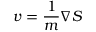
v = \frac { 1 } { m } \nabla S